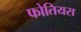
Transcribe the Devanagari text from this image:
फोतियस